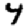
Digit: 4